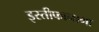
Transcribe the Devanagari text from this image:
इस्तीफानामा